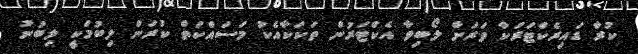
ކުރާ ޑައިރެކްޓަރަކާ ވަރަށް ލޯބިވާ އެކްޓަރުން ތަކަކާއެކު މަސައްކަތް ކުރަން ލިބުމަކީ ލިބުނު